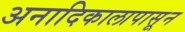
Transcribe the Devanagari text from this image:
अनादिकालापासून